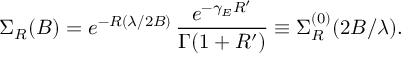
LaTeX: \Sigma _ { R } ( B ) = e ^ { - R ( \lambda / 2 B ) } \, \frac { e ^ { - \gamma _ { E } R ^ { \prime } } } { \Gamma ( 1 + R ^ { \prime } ) } \equiv \Sigma _ { R } ^ { ( 0 ) } ( 2 B / \lambda ) .